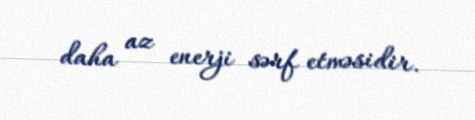
daha az enerji sərf etməsidir.